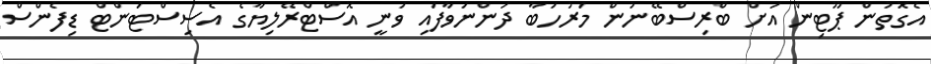
އެގޮތުން ޕޫޓިން އަށް ބްރިސްބޭނުން މަރުހަބާ ދަންނަވާފައި ވަނީ އޮސްޓްރޭލިޔާގެ އެސިސްޓަންޓް ޑިފެންސް